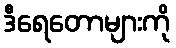
ဒီရေတောများကို